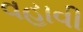
વહાવી